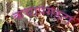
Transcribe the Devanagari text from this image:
कच्चापगहटा